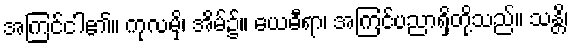
အကြင်ငါ၏။ ကုလမှိ၊ အိမ်၌။ ယေဓီရာ၊ အကြင်ပညာရှိတို့သည်။ သန္တိ၊